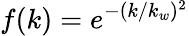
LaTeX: f(k)=e^{-(k/k_{w})^{2}}